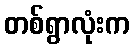
တစ်ရွာလုံးက